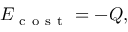
E _ { \mathrm { ~ c ~ o ~ s ~ t ~ } } = - Q ,